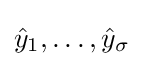
{\hat {y}}_{1},\dots ,{\hat {y}}_{\sigma }